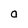
Character: O